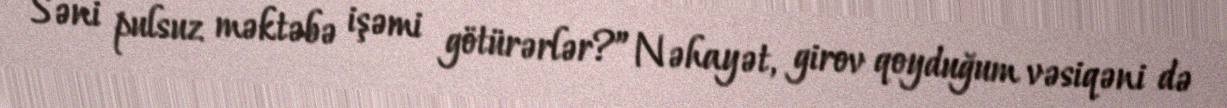
Səni pulsuz məktəbə işəmi götürərlər?”Nəhayət, girov qoyduğum vəsiqəni də